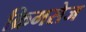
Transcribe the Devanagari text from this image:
क्रिमसेज